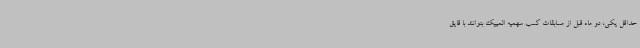
حداقل یکی، دو ماه قبل از مسابقات کسب سهمیه المپیک بتوانند با قایق